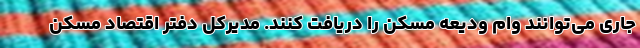
جاری می‌توانند وام ودیعه مسکن را دریافت کنند. مدیرکل دفتر اقتصاد مسکن